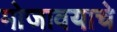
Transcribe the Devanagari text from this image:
मोजावयाचे